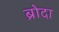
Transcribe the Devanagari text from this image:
ब्रोदा